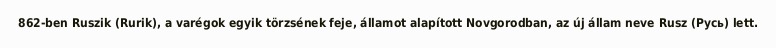
862-ben Ruszik (Rurik), a varégok egyik törzsének feje, államot alapított Novgorodban, az új állam neve Rusz (Русь) lett.